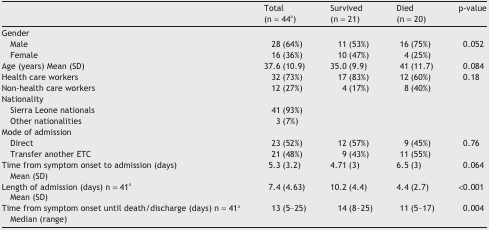
|  | Total(n = 44a) | Survived(n = 21) | Died(n = 20) | p-value |
 | --- | --- | --- | --- | --- |
 | Gender |  |  |  |  |
 | Male | 28 (64%) | 11 (53%) | 16 (75%) | 0.052 |
 | Female | 16 (36%) | 10 (47%) | 4 (25%) |  |
 | Age (years) Mean (SD) | 37.6 (10.9) | 35.0 (9.9) | 41 (11.7) | 0.084 |
 | Health care workers | 32 (73%) | 17 (83%) | 12 (60%) | 0.18 |
 | Non-health care workers | 12 (27%) | 4 (17%) | 8 (40%) |  |
 | Nationality |  |  |  |  |
 | Sierra Leone nationals | 41 (93%) |  |  |  |
 | Other nationalities | 3 (7%) |  |  |  |
 | Mode of admission |  |  |  |  |
 | Direct | 23 (52%) | 12 (57%) | 9 (45%) | 0.76 |
 | Transfer another ETC | 21 (48%) | 9 (43%) | 11 (55%) |  |
 | Time from symptom onset to admission (days)Mean (SD) | 5.3 (3.2) | 4.71 (3) | 6.5 (3) | 0.064 |
 | Length of admission (days) n = 41aMean (SD) | 7.4 (4.63) | 10.2 (4.4) | 4.4 (2.7) | <0.001 |
 | Time from symptom onset until death/discharge (days) n = 41aMedian (range) | 13 (5–25) | 14 (8–25) | 11 (5–17) | 0.004 |